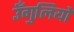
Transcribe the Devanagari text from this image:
उँगुलियों